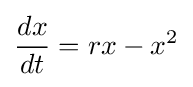
{dx \over dt}=rx-x^{2}